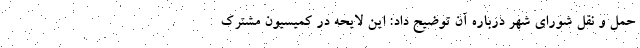
حمل و نقل شورای شهر درباره آن توضیح داد: این لایحه در کمیسیون مشترک